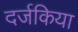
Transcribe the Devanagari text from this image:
दर्जकिया